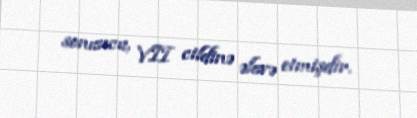
sonuncu, VII cildinə əlavə etmişdir.